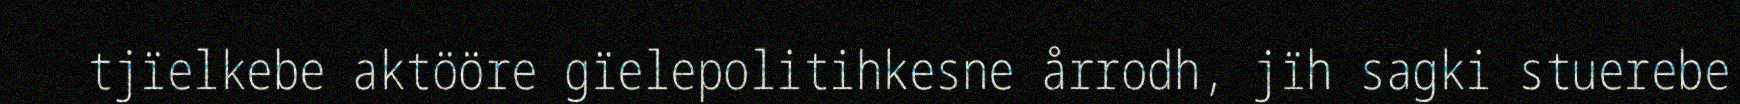
tjïelkebe aktööre gïelepolitihkesne årrodh, jïh sagki stuerebe